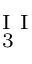
_ { \mathrm { ~ 3 ~ } } ^ { \mathrm { ~ I ~ I ~ } }